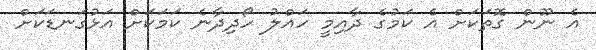
އެ ނޫން ގޮތަކަށް އެ ކަމުގެ ދާއިމީ ހައްލު ހޯދިދާނެ ކަމަކަށް އަޅުގަނޑަކަށް